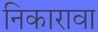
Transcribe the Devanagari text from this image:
निकारावा